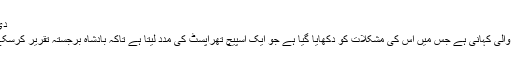
دی کنگز اسپیچ، 2010 (The King's Speech)
یہ برطانوی بادشاہ چارج 4 کی زندگی پر گھومنے والی کہانی ہے جس میں اس کی مشکلات کو دکھایا گیا ہے جو ایک اسپیچ تھراپسٹ کی مدد لیتا ہے تاکہ بادشاہ برجستہ تقریر کرسکے، اس فلم میں کولن فرتھ نے مرکزی کردار ادا کیا۔